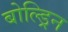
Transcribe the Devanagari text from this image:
बोल्ड्रिन